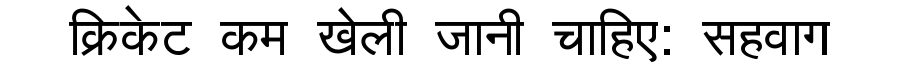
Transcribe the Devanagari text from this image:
क्रिकेट कम खेली जानी चाहिए: सहवाग